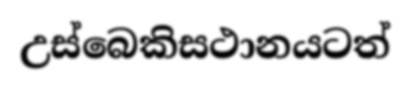
උස්බෙකිසථානයටත්